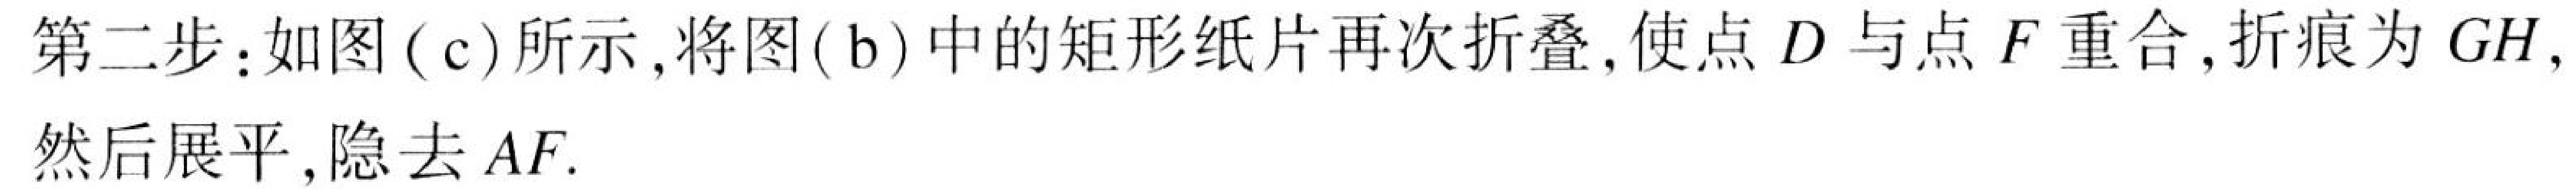
第二步：如图( c)所示,将图( b)中的矩形纸片再次折叠,使点$D$与点$F$重合,折痕为$GH,$然后展平,隐去$AF.$